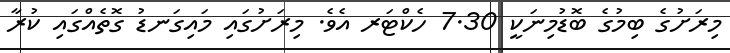
މިރަށުގެ ބިމުގެ ބޮޑުމިނަކީ 7.30 ހެކްޓަރ އެވެ. މިރަށުގައި މައިގަނޑު ގޮތެއްގައި ކުރާ